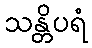
သန္တိပရံ